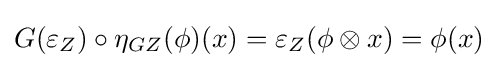
G(\varepsilon _{Z})\circ \eta _{GZ}(\phi )(x)=\varepsilon _{Z}(\phi \otimes x)=\phi (x)